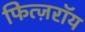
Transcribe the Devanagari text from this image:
फित्ज़रॉय